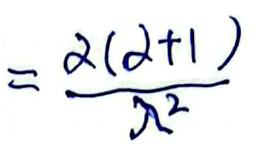
\[=\frac{2(2 + 1)}{x^{2}}\]